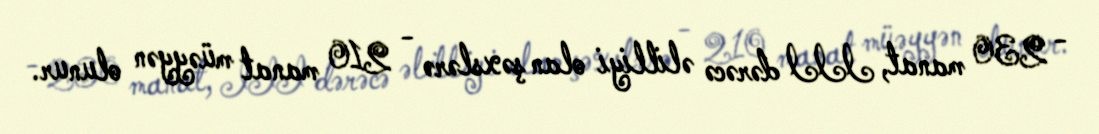
- 230 manat, III dərəcə əlilliyi olan şəxslərə - 210 manat müəyyən olunur.